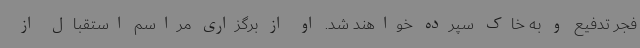
فجر تدفیع و به خاک سپرده خواهند شد. او از برگزاری مراسم استقبال از